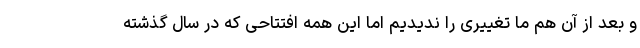
و بعد از آن هم ما تغییری را ندیدیم اما این همه افتتاحی که در سال گذشته